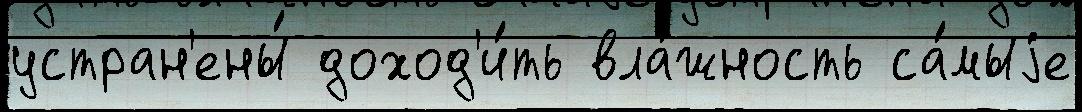
устран'ены́ доход'и́ть вла́жность са́мыjе